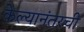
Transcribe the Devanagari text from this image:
केल्यानंतरची